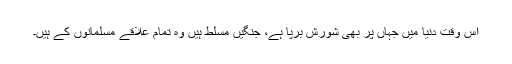
اس وقت دنیا میں جہاں پر بھی شورش برپا ہے، جنگیں مسلط ہیں وہ تمام علاقے مسلمانوں کے ہیں۔